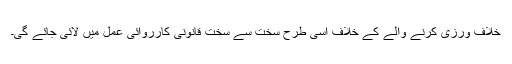
خلاف ورزی کرنے والے کے خلاف اسی طرح سخت سے سخت قانونی کارروائی عمل میں لائی جائے گی۔